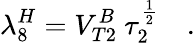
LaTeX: \lambda_{8}^{H}=V_{T2}^{B}\ \tau_{2}^{\frac{1}{2}}\quad.